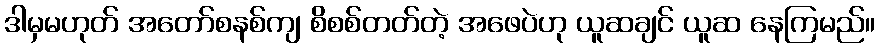
ဒါမှမဟုတ် အတော်စနစ်ကျ စိစစ်တတ်တဲ့ အဖေပဲဟု ယူဆချင် ယူဆ နေကြမည်။